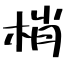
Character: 梢